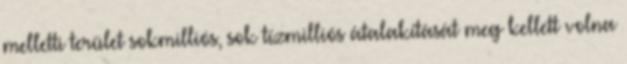
melletti terület sokmilliós, sok tízmilliós átalakítását meg kellett volna